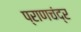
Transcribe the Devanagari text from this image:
प्राणचंद्र